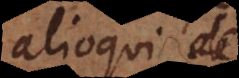
alioqui saepe